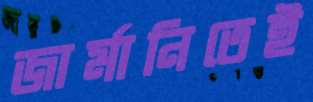
জার্মানিতেই